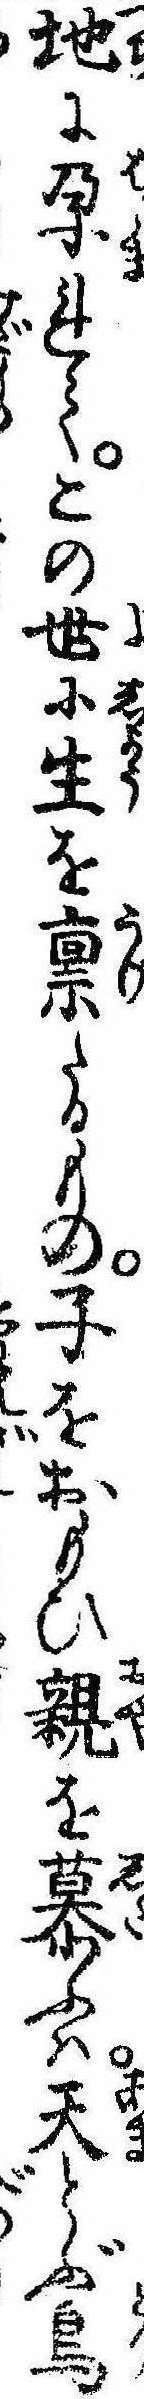
地に孕れてこの世に生を禀たるもの子をおもひ親を慕ふは天とぶ鳥